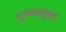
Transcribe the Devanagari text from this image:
गुणधरकृत